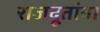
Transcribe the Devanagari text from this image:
राजदूतांना